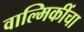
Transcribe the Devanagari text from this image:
वाल्मिकींचा